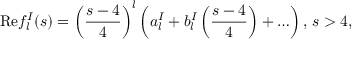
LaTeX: \mathrm { R e } f _ { l } ^ { I } ( s ) = \left( { \frac { s - 4 } { 4 } } \right) ^ { l } \left( a _ { l } ^ { I } + b _ { l } ^ { I } \left( { \frac { s - 4 } { 4 } } \right) + \ldots \right) , \, s > 4 ,